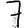
Digit: 7